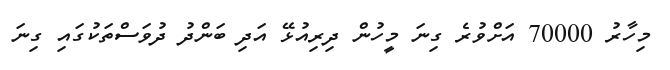
މިހާރު 70000 އަށްވުރެ ގިނަ މީހުން ދިރިއުޅޭ އަދި ބަންދު ދުވަސްތަކުގައި ގިނަ